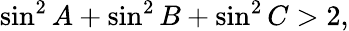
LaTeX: \sin^{2}A+\sin^{2}B+\sin^{2}C>2,